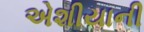
એશીયાની